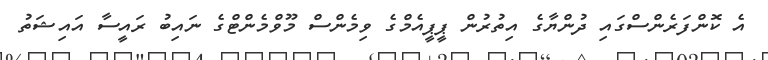
އެ ކޮންފަރެންސްގައި ދުންޔާގެ އިތުރުން ޕީޕީއެމްގެ ވިމެންސް މޫވްމެންޓްގެ ނައިބު ރައީސާ އައިޝަތު